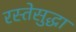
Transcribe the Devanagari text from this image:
रस्तेसुद्धा